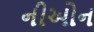
નીઓન